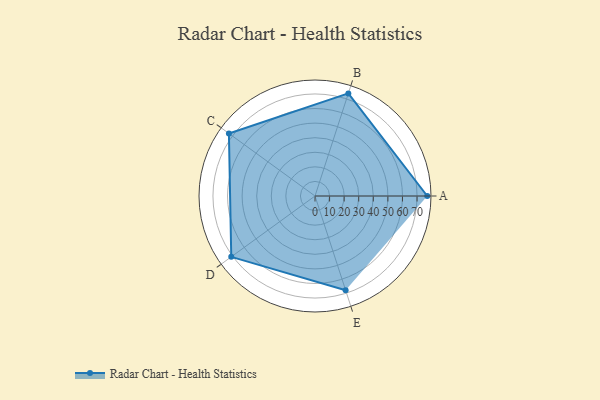
{"axis": {"x": "Skill", "y": "Score"}, "legend": ["Profile"], "data": [{"x": "A", "y": 77.0, "type": "Profile"}, {"x": "B", "y": 74.0, "type": "Profile"}, {"x": "C", "y": 73.0, "type": "Profile"}, {"x": "D", "y": 71.0, "type": "Profile"}, {"x": "E", "y": 68.0, "type": "Profile"}]}